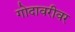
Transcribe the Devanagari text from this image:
गोदावरीवर